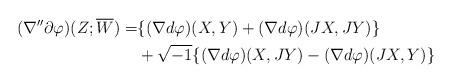
LaTeX: \begin{align*}(\nabla^{\prime\prime}\partial \varphi)(Z;\overline{W})=&\{(\nabla d\varphi)(X,Y)+(\nabla d\varphi)(JX, JY)\}\\&+ \sqrt{-1}\{(\nabla d\varphi)(X,JY)-(\nabla d\varphi)(JX, Y)\}\end{align*}